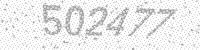
Solution: 502477